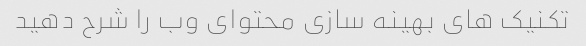
تکنیک های بهینه سازی محتوای وب را شرح دهید